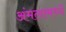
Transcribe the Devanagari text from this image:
अंमलामध्यें